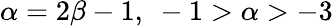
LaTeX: \alpha=2\beta-1,\ -1>\alpha>-3